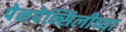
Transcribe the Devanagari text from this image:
पेनपेन्सिलीच्या